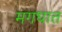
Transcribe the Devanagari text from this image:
मगधात